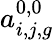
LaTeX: a_{i,j,g}^{0,0}